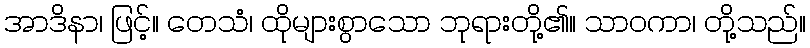
အာဒိနာ၊ ဖြင့်။ တေသံ၊ ထိုများစွာသော ဘုရားတို့၏။ သာဝကာ၊ တို့သည်။